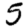
Digit: 5